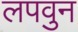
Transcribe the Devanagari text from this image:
लपवुन